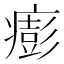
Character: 𤺬